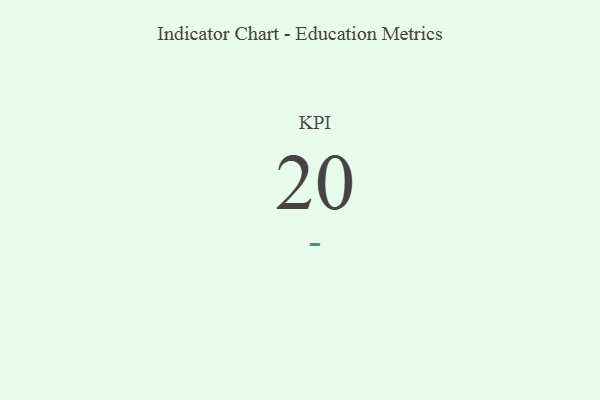
{"axis": {"x": "KPI", "y": "Value"}, "legend": [""], "data": [{"x": "KPI", "y": 20, "type": ""}]}